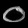
Digit: ၀